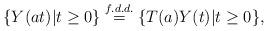
LaTeX: \begin{align*}\{ Y(at) | t \geq 0 \}\overset{f.d.d.}{=} \{T(a)Y(t) | t \geq 0 \},\end{align*}